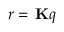
r = \, \mathbf { K } q